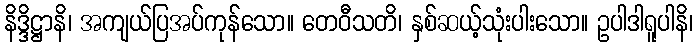
နိဒ္ဒိဋ္ဌာနိ၊ အကျယ်ပြအပ်ကုန်သော။ တေဝီသတိ၊ နှစ်ဆယ့်သုံးပါးသော။ ဥပါဒါရူပါနိ၊